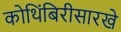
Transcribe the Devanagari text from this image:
कोथिंबिरीसारखे